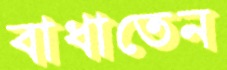
বাধাতেন